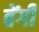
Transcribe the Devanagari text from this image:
बेंगी